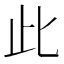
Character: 此